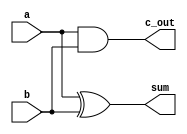
module half_adder(a,b,sum,c_out);
    input a,b;
    output sum, c_out;

    xor XOR_0(sum, a, b);
    and AND_0(c_out, a, b);
endmodule